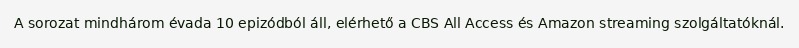
A sorozat mindhárom évada 10 epizódból áll, elérhető a CBS All Access és Amazon streaming szolgáltatóknál.